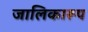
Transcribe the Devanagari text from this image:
जालिकारूप